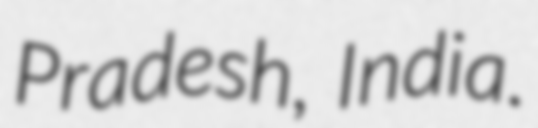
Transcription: Pradesh, India.